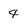
Character: 4